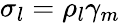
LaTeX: \sigma_{l}=\rho_{l}\gamma_{m}